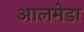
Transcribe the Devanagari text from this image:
आलमेडा